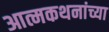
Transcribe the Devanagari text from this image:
आत्मकथनांच्या